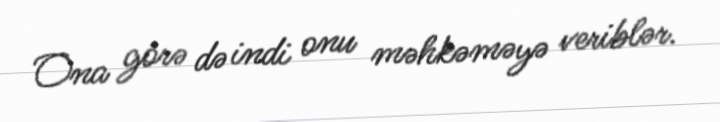
Ona görə də indi onu məhkəməyə veriblər.